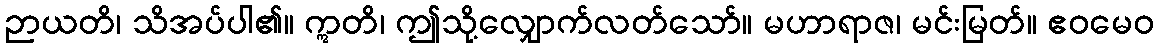
ဉာယတိ၊ သိအပ်ပါ၏။ ဣတိ၊ ဤသို့လျှောက်လတ်သော်။ မဟာရာဇ၊ မင်းမြတ်။ ဧဝမေဝ